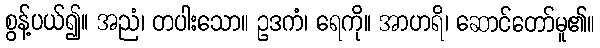
စွန့်ပယ်၍။ အညံ၊ တပါးသော။ ဥဒကံ၊ ရေကို။ အာဟရိ၊ ဆောင်တော်မူ၏။